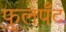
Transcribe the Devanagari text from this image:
फुलपँट